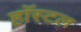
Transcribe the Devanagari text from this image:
हाॅस्टल